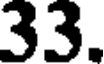
33.